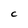
Character: C